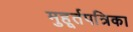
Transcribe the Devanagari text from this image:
मुहूर्तपत्रिका